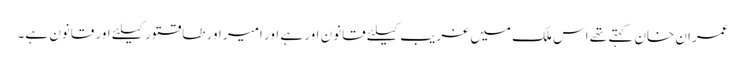
عمران خان کہتے تھے اس ملک میں غریب کیلئے قانون اور ہے اور امیر اور طاقتور کیلئے اور قانون ہے۔